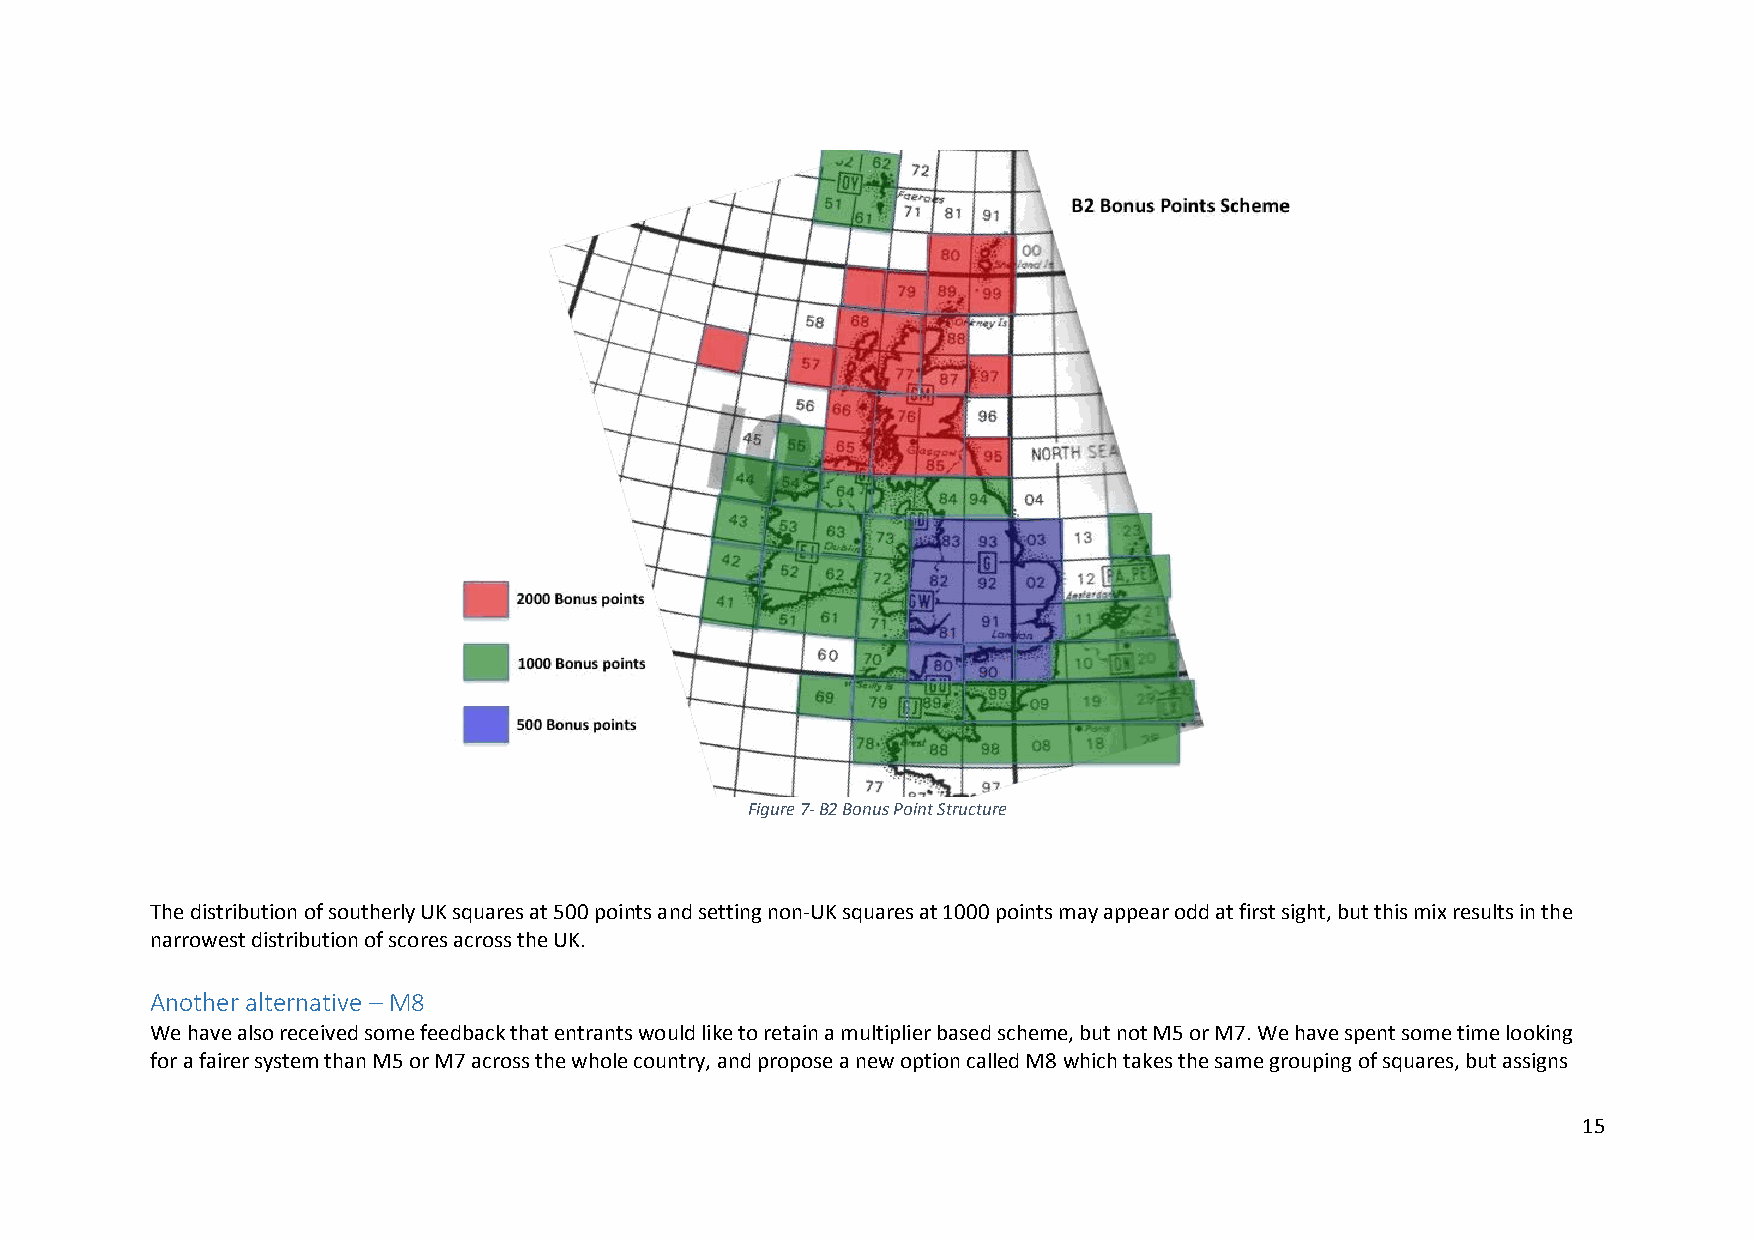
Figure 7- B2 Bonus Point Structure
 The distribution of southerly UK squares at 500 points and setting non-UK squares at 1000 points may appear odd at first sight, but this mix results in the
 narrowest distribution of scores across the UK.
 Another alternative – M8
 We have also received some feedback that entrants would like to retain a multiplier based scheme, but not M5 or M7. We have spent some time looking
 for a fairer system than M5 or M7 across the whole country, and propose a new option called M8 which takes the same grouping of squares, but assigns
 15